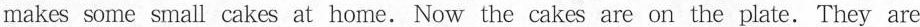
makes some small cakes at home. Now the cakes are on the plate. They are